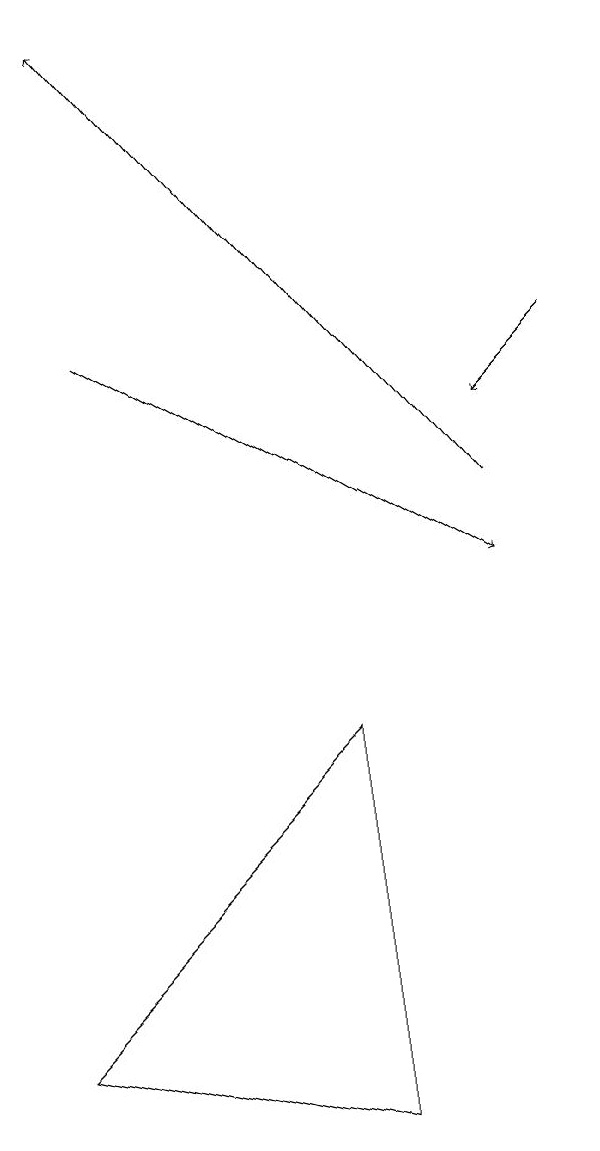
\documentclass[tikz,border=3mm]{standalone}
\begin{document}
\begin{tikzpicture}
\draw[->] (8,14) -- (7,13);
\draw[->] (2,14) -- (7,11);
\draw[->] (7,12) -- (2,18);
\draw (1,5) -- (5,4) -- (5,9) -- cycle;
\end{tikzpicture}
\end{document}